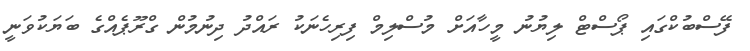
ފޭސްބުކްގައި ޕޯސްޓް ލިޔުނު މީހާއަށް މުސްލިމް ފިރިހެނަކު ރައްދު ދިނުމުން ގްރޫޕެއްގެ ބަޔަކުވަނީ